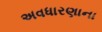
અવધારણાના